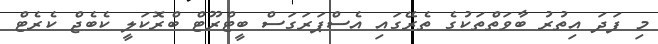
މި ފަދަ އިތުރު ބާވަތްތަކުގެ ތެރޭގައި އެސްޕަރަގަސް ބީޓްރޫޓް ބްރޮކަލީ ކެބެޖް ކެރެޓް